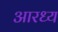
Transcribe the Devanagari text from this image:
आरध्य